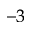
^ { - 3 }